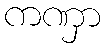
ကဏှာ